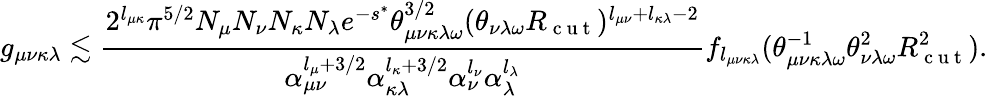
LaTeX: g_{\mu\nu\kappa\lambda}\lesssim\frac{2^{l_{\mu\kappa}}\pi^{5/2}N_{\mu}N_{\nu}N_{\kappa}N_{\lambda}e^{-s^{*}}\theta_{\mu\nu\kappa\lambda\omega}^{3/2}(\theta_{\nu\lambda\omega}R_{\mathrm{~c~u~t~}})^{l_{\mu\nu}+l_{\kappa\lambda}-2}}{\alpha_{\mu\nu}^{l_{\mu}+3/2}\alpha_{\kappa\lambda}^{l_{\kappa}+3/2}\alpha_{\nu}^{l_{\nu}}\alpha_{\lambda}^{l_{\lambda}}}f_{l_{\mu\nu\kappa\lambda}}(\theta_{\mu\nu\kappa\lambda\omega}^{-1}\theta_{\nu\lambda\omega}^{2}R_{\mathrm{~c~u~t~}}^{2}).